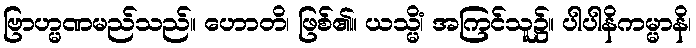
ဗြာဟ္မဏမည်သည်။ ဟောတိ၊ ဖြစ်၏။ ယသ္မိံ၊ အကြင်သူ၌။ ပါပါနိကမ္မာနိ၊